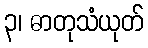
၃၊ ဓာတုသံယုတ်